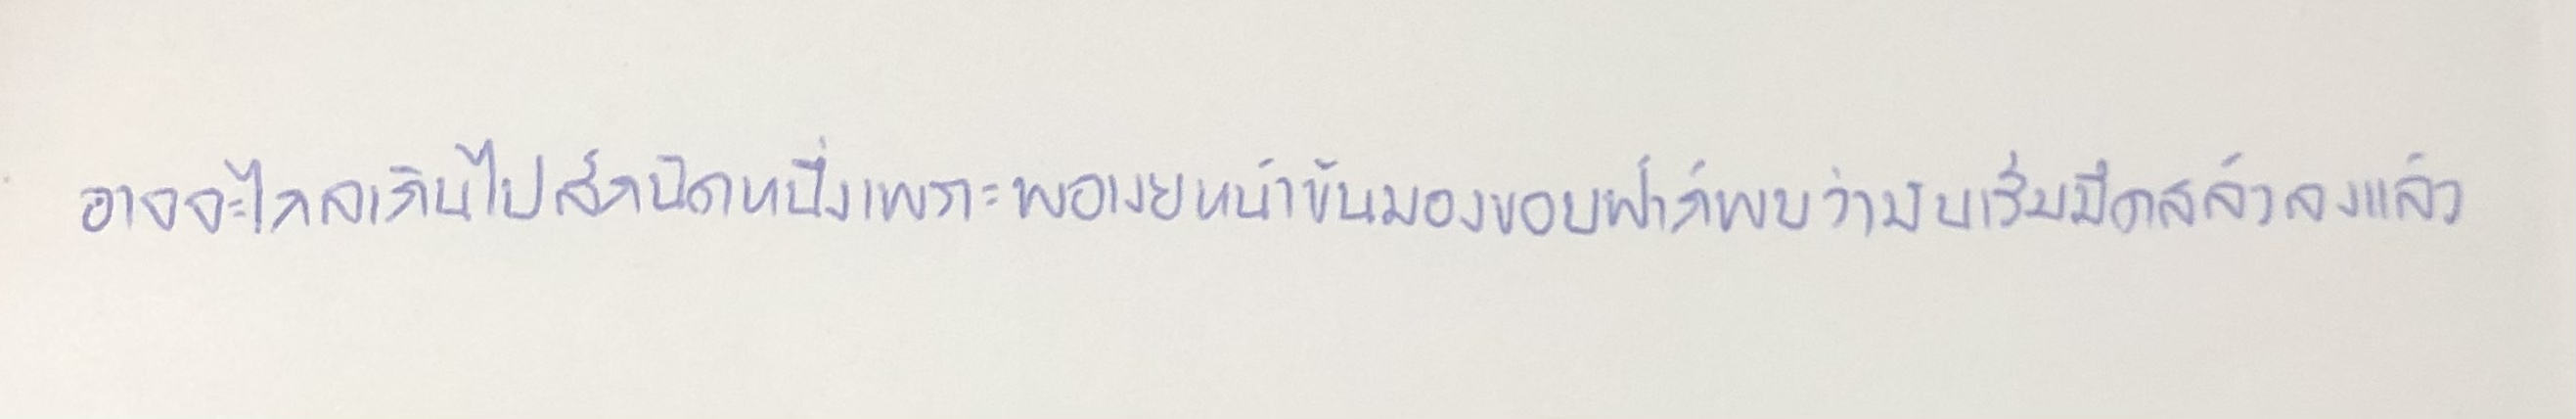
อาจจะไกลเกินไปสักนิดหนึ่งเพราะพอเงยหน้าขันมองขอบฟ้าก็พบว่ามันเริ่มมืดสลัวลงแล้ว